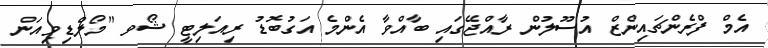
އެމް ފްރެންޗައިންޒް އުސޫލުން ރާއްޖޭގައި ބާއްވާ އެންމެ އަގުބޮޑު ރިއަލިޓީ ޝޯވ "މޯލްޑިވިއަން